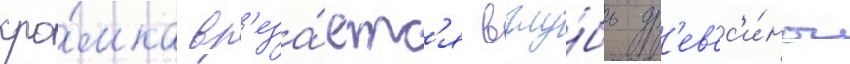
кро́мка вр'еза́етс'я вглу́бь др'ев'ес'и́ны